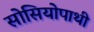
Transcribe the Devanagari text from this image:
सोसियोपाथी